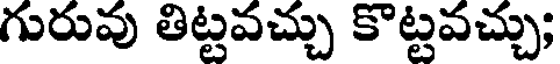
గురువు తిట్టవచ్చు కొట్టవచ్చు;